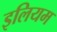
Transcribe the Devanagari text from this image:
इलियम